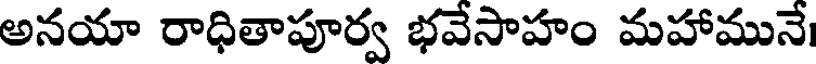
అనయా రాధితాపూర్వ భవేసాహం మహామునే